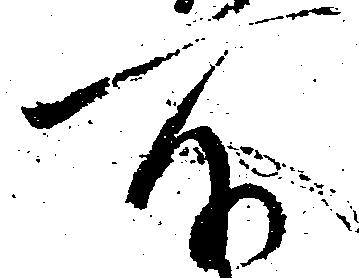
所